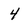
Character: 4